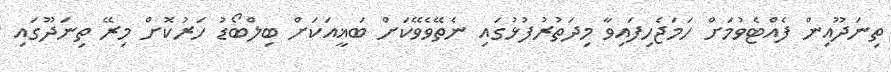
ތިނަދޫއިން ފެއްޓެވުމަށް ހަމަޖެހިފައިވާ މިދަތުރުފުޅުގައި ނެތޭވެވޭކަށް ބަޣީއަކަށް ބިލްބޯޑު ހަރުކޮށް މިިރޭ ތިނަދޫގައި